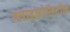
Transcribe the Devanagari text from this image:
ग्लाइकोलिटीक